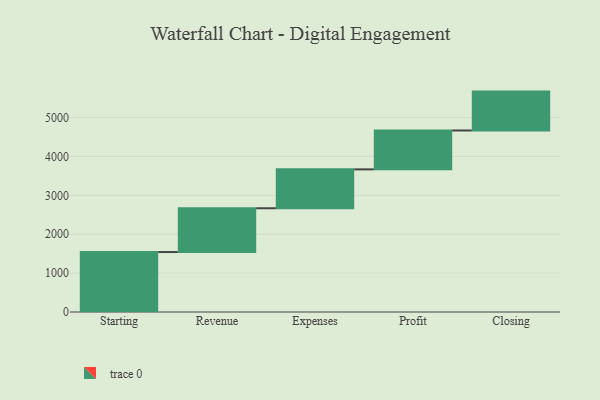
{"axis": {"x": "Step", "y": "Value"}, "legend": [""], "data": [{"x": "Starting", "y": 1542.0, "type": ""}, {"x": "Revenue", "y": 1126.0, "type": ""}, {"x": "Expenses", "y": 1000, "type": ""}, {"x": "Profit", "y": 1000, "type": ""}, {"x": "Closing", "y": 1000, "type": ""}]}